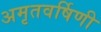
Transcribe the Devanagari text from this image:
अमृतवर्षिणी